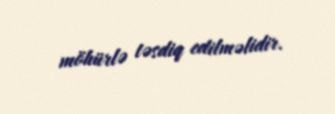
möhürlə təsdiq edilməlidir.